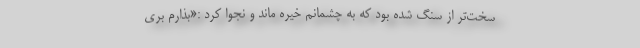
سخت‌تر از سنگ شده بود که به چشمانم خیره ماند و نجوا کرد :«بذارم بری